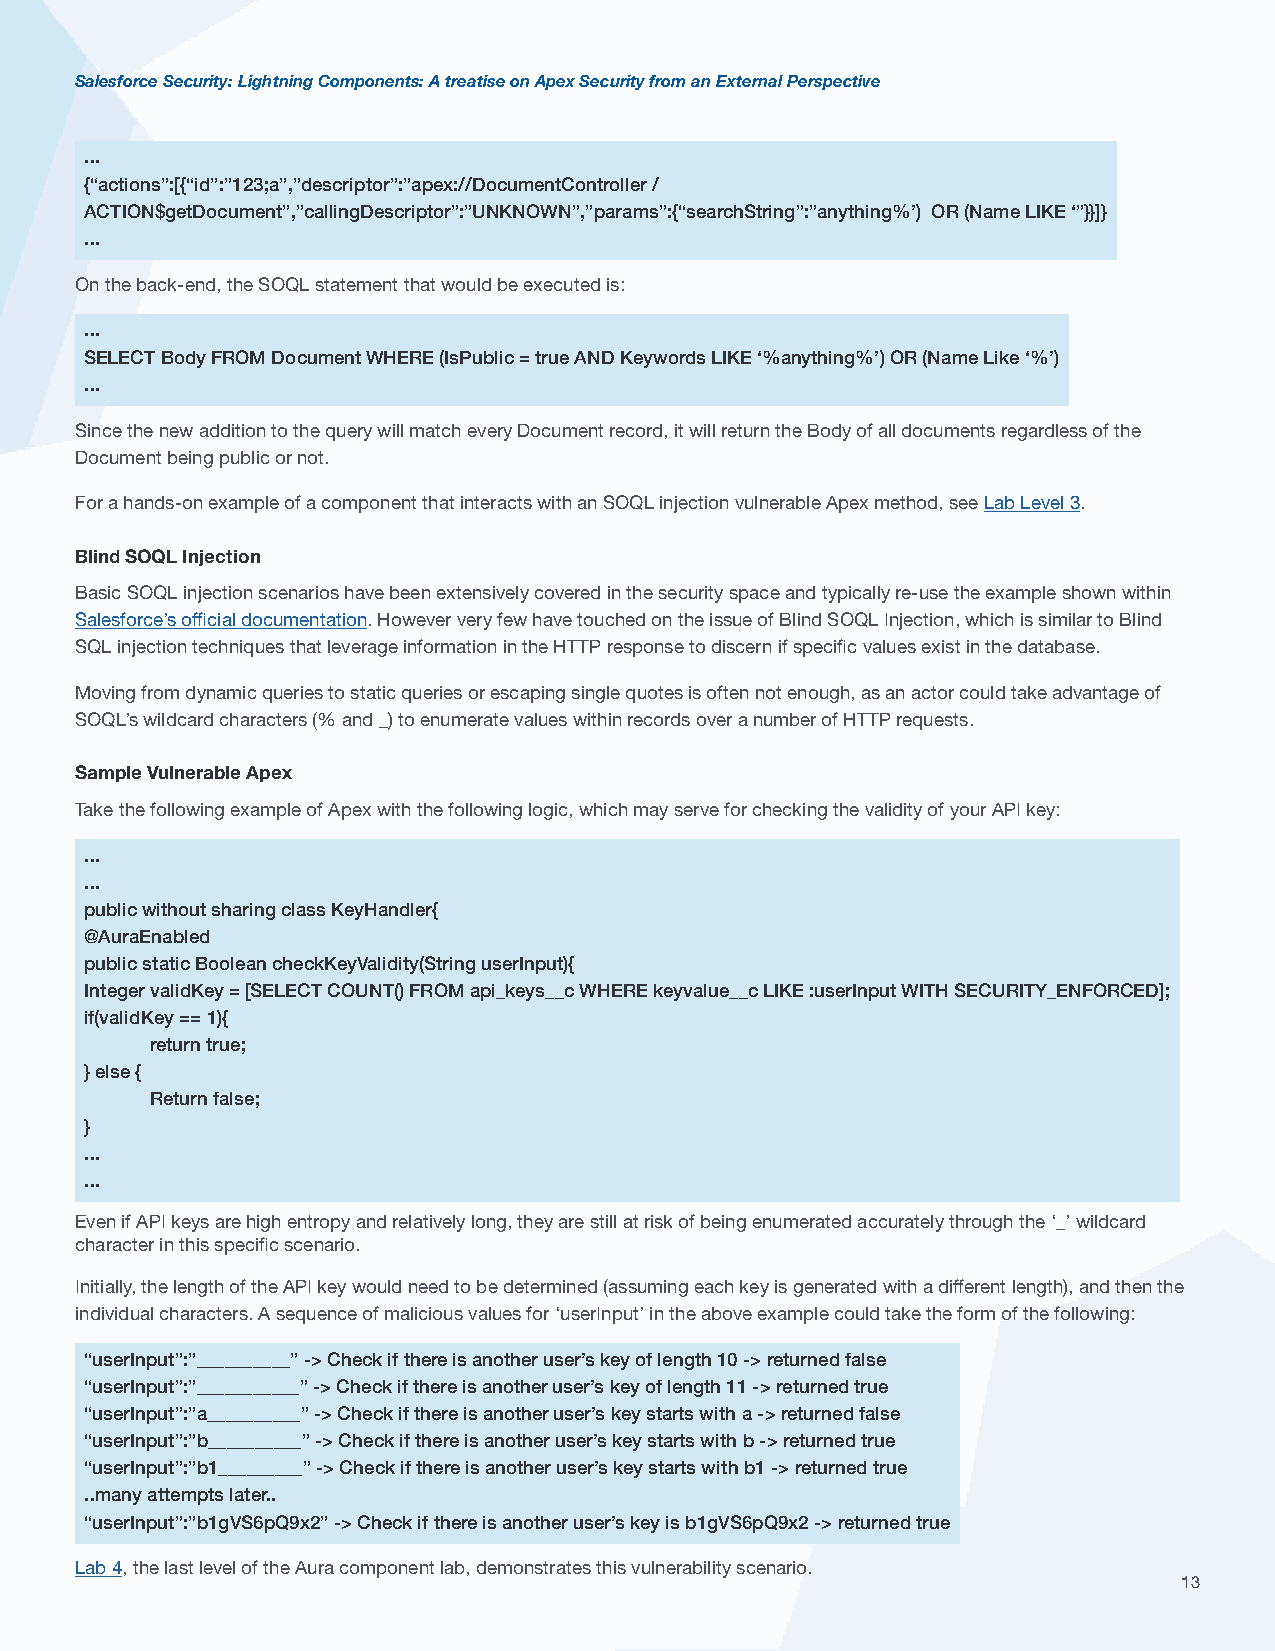
Salesforce Security: Lightning Components: A treatise on Apex Security from an External Perspective
 ...
 {“actions”:[{“id”:”123;a”,”descriptor”:”apex://DocumentController /
 ACTION$getDocument”,”callingDescriptor”:”UNKNOWN”,”params”:{“searchString”:”anything%’) OR (Name LIKE ‘”}}]}
 ...
 On the back-end, the SOQL statement that would be executed is:
 ...
 SELECT Body FROM Document WHERE (IsPublic = true AND Keywords LIKE ‘%anything%’) OR (Name Like ‘%’)
 ...
 Since the new addition to the query will match every Document record, it will return the Body of all documents regardless of the
 Document being public or not.
 For a hands-on example of a component that interacts with an SOQL injection vulnerable Apex method, see Lab Level 3.
 Blind SOQL Injection
 Basic SOQL injection scenarios have been extensively covered in the security space and typically re-use the example shown within
 Salesforce’s official documentation. However very few have touched on the issue of Blind SOQL Injection, which is similar to Blind
 SQL injection techniques that leverage information in the HTTP response to discern if specific values exist in the database.
 Moving from dynamic queries to static queries or escaping single quotes is often not enough, as an actor could take advantage of
 SOQL’s wildcard characters (% and _) to enumerate values within records over a number of HTTP requests.
 Sample Vulnerable Apex
 Take the following example of Apex with the following logic, which may serve for checking the validity of your API key:
 ...
 ...
 public without sharing class KeyHandler{
 @AuraEnabled
 public static Boolean checkKeyValidity(String userInput){
 Integer validKey = [SELECT COUNT() FROM api_keys__c WHERE keyvalue__c LIKE :userInput WITH SECURITY_ENFORCED];
 if(validKey == 1){
 return true;
 } else {
 Return false;
 }
 ...
 ...
 Even if API keys are high entropy and relatively long, they are still at risk of being enumerated accurately through the ‘_’ wildcard
 character in this specific scenario.
 Initially, the length of the API key would need to be determined (assuming each key is generated with a different length), and then the
 individual characters. A sequence of malicious values for ‘userInput’ in the above example could take the form of the following:
 “userInput”:”__________” -> Check if there is another user’s key of length 10 -> returned false
 “userInput”:”___________” -> Check if there is another user’s key of length 11 -> returned true
 “userInput”:”a__________” -> Check if there is another user’s key starts with a -> returned false
 “userInput”:”b__________” -> Check if there is another user’s key starts with b -> returned true
 “userInput”:”b1_________” -> Check if there is another user’s key starts with b1 -> returned true
 ..many attempts later..
 “userInput”:”b1gVS6pQ9x2” -> Check if there is another user’s key is b1gVS6pQ9x2 -> returned true
 Lab 4, the last level of the Aura component lab, demonstrates this vulnerability scenario.
 13